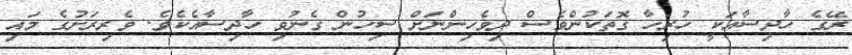
ރޭގެ ހާދިސާއަކީ ހުރިހާ ގޮތަކުންވެސް ދިވެހިންނަށް ސިހުން ގެނުވި ހާދިސާއެކެވެ. ވެރިރަށުގެ މައި